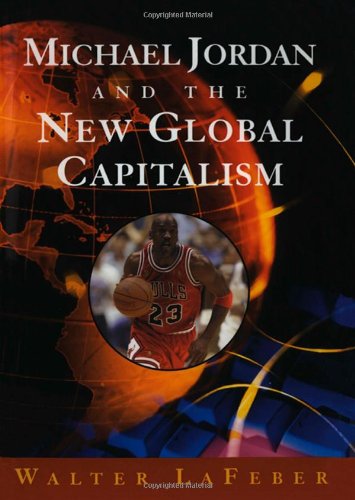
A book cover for Michael Jordan and the New Global Capitalism (New Edition); Walter LaFeber; Business & Money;